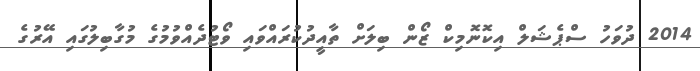
2014 ދުވަހު ސްޕެޝަލް އިކޮނޮމިކް ޒޯން ބިލަށް ތާއީދުކުރައްވައި ވޯޓުދެއްވުމުގެ މުގާބިލުގައި އޭރުގެ